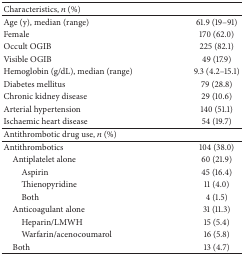
| Characteristics, n (%) |  |
 | --- | --- |
 | Age (y), median (range) | 61.9 (19–91) |
 | Female | 170 (62.0) |
 | Occult OGIB | 225 (82.1) |
 | Visible OGIB | 49 (17.9) |
 | Hemoglobin (g/dL), median (range) | 9.3 (4.2–15.1) |
 | Diabetes mellitus | 79 (28.8) |
 | Chronic kidney disease | 29 (10.6) |
 | Arterial hypertension | 140 (51.1) |
 | Ischaemic heart disease | 54 (19.7) |
 | Antithrombotic drug use, n (%) |  |
 | Antithrombotics | 104 (38.0) |
 | Antiplatelet alone | 60 (21.9) |
 | Aspirin | 45 (16.4) |
 | Thienopyridine | 11 (4.0) |
 | Both | 4 (1.5) |
 | Anticoagulant alone | 31 (11.3) |
 | Heparin/LMWH | 15 (5.4) |
 | Warfarin/acenocoumarol | 16 (5.8) |
 | Both | 13 (4.7) |